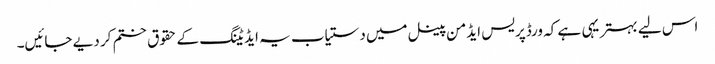
اس لیے بہتر یہی ہے کہ ورڈپریس ایڈمن پینل میں دستیاب یہ ایڈیٹنگ کے حقوق ختم کر دیے جائیں۔